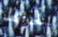
الخرائط